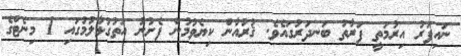
ނައިފަރު އިރުމަތީ ފަރާތު ބަނދަރުގައެވެ. ޤުރުއާން ކިޔެވުމުން ފެށުނު އަތުގުޅާލުމުގައި 1 މިނެޓްގެ